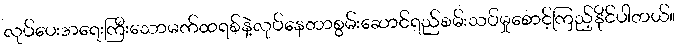
လုပ်ပေးအရေးကြီးသောမက်ထရစ်နဲ့လုပ်နေတာစွမ်းဆောင်ရည်စမ်းသပ်မှုစောင့်ကြည့်နိုင်ပါတယ်။